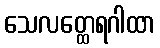
သေလတ္ထေရဂါထာ